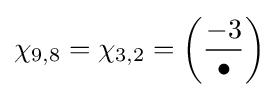
\chi _{9,8}=\chi _{3,2}=\left({\frac {-3}{\bullet }}\right)